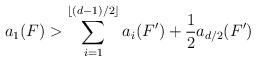
LaTeX: \begin{align*} a_1(F) > \sum_{i=1}^{\lfloor (d-1)/2 \rfloor} a_i(F')+ \frac{1}{2} a_{d/2}(F')\end{align*}